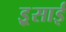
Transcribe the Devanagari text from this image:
इ्र्रसाई